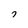
Character: 7